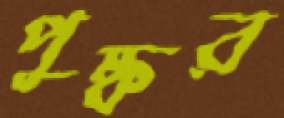
পুষ্কর